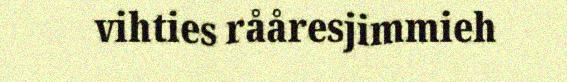
vihties rååresjimmieh